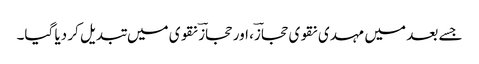
جسے بعد میں مہدی نقوی حجازؔ، اور حجازؔ نقوی میں تبدیل کر دیا گیا۔